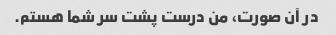
در آن صورت، من درست پشت سر شما هستم.